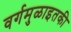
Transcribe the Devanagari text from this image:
वर्गमुळाइतकी